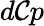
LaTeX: d\mathcal{C}p